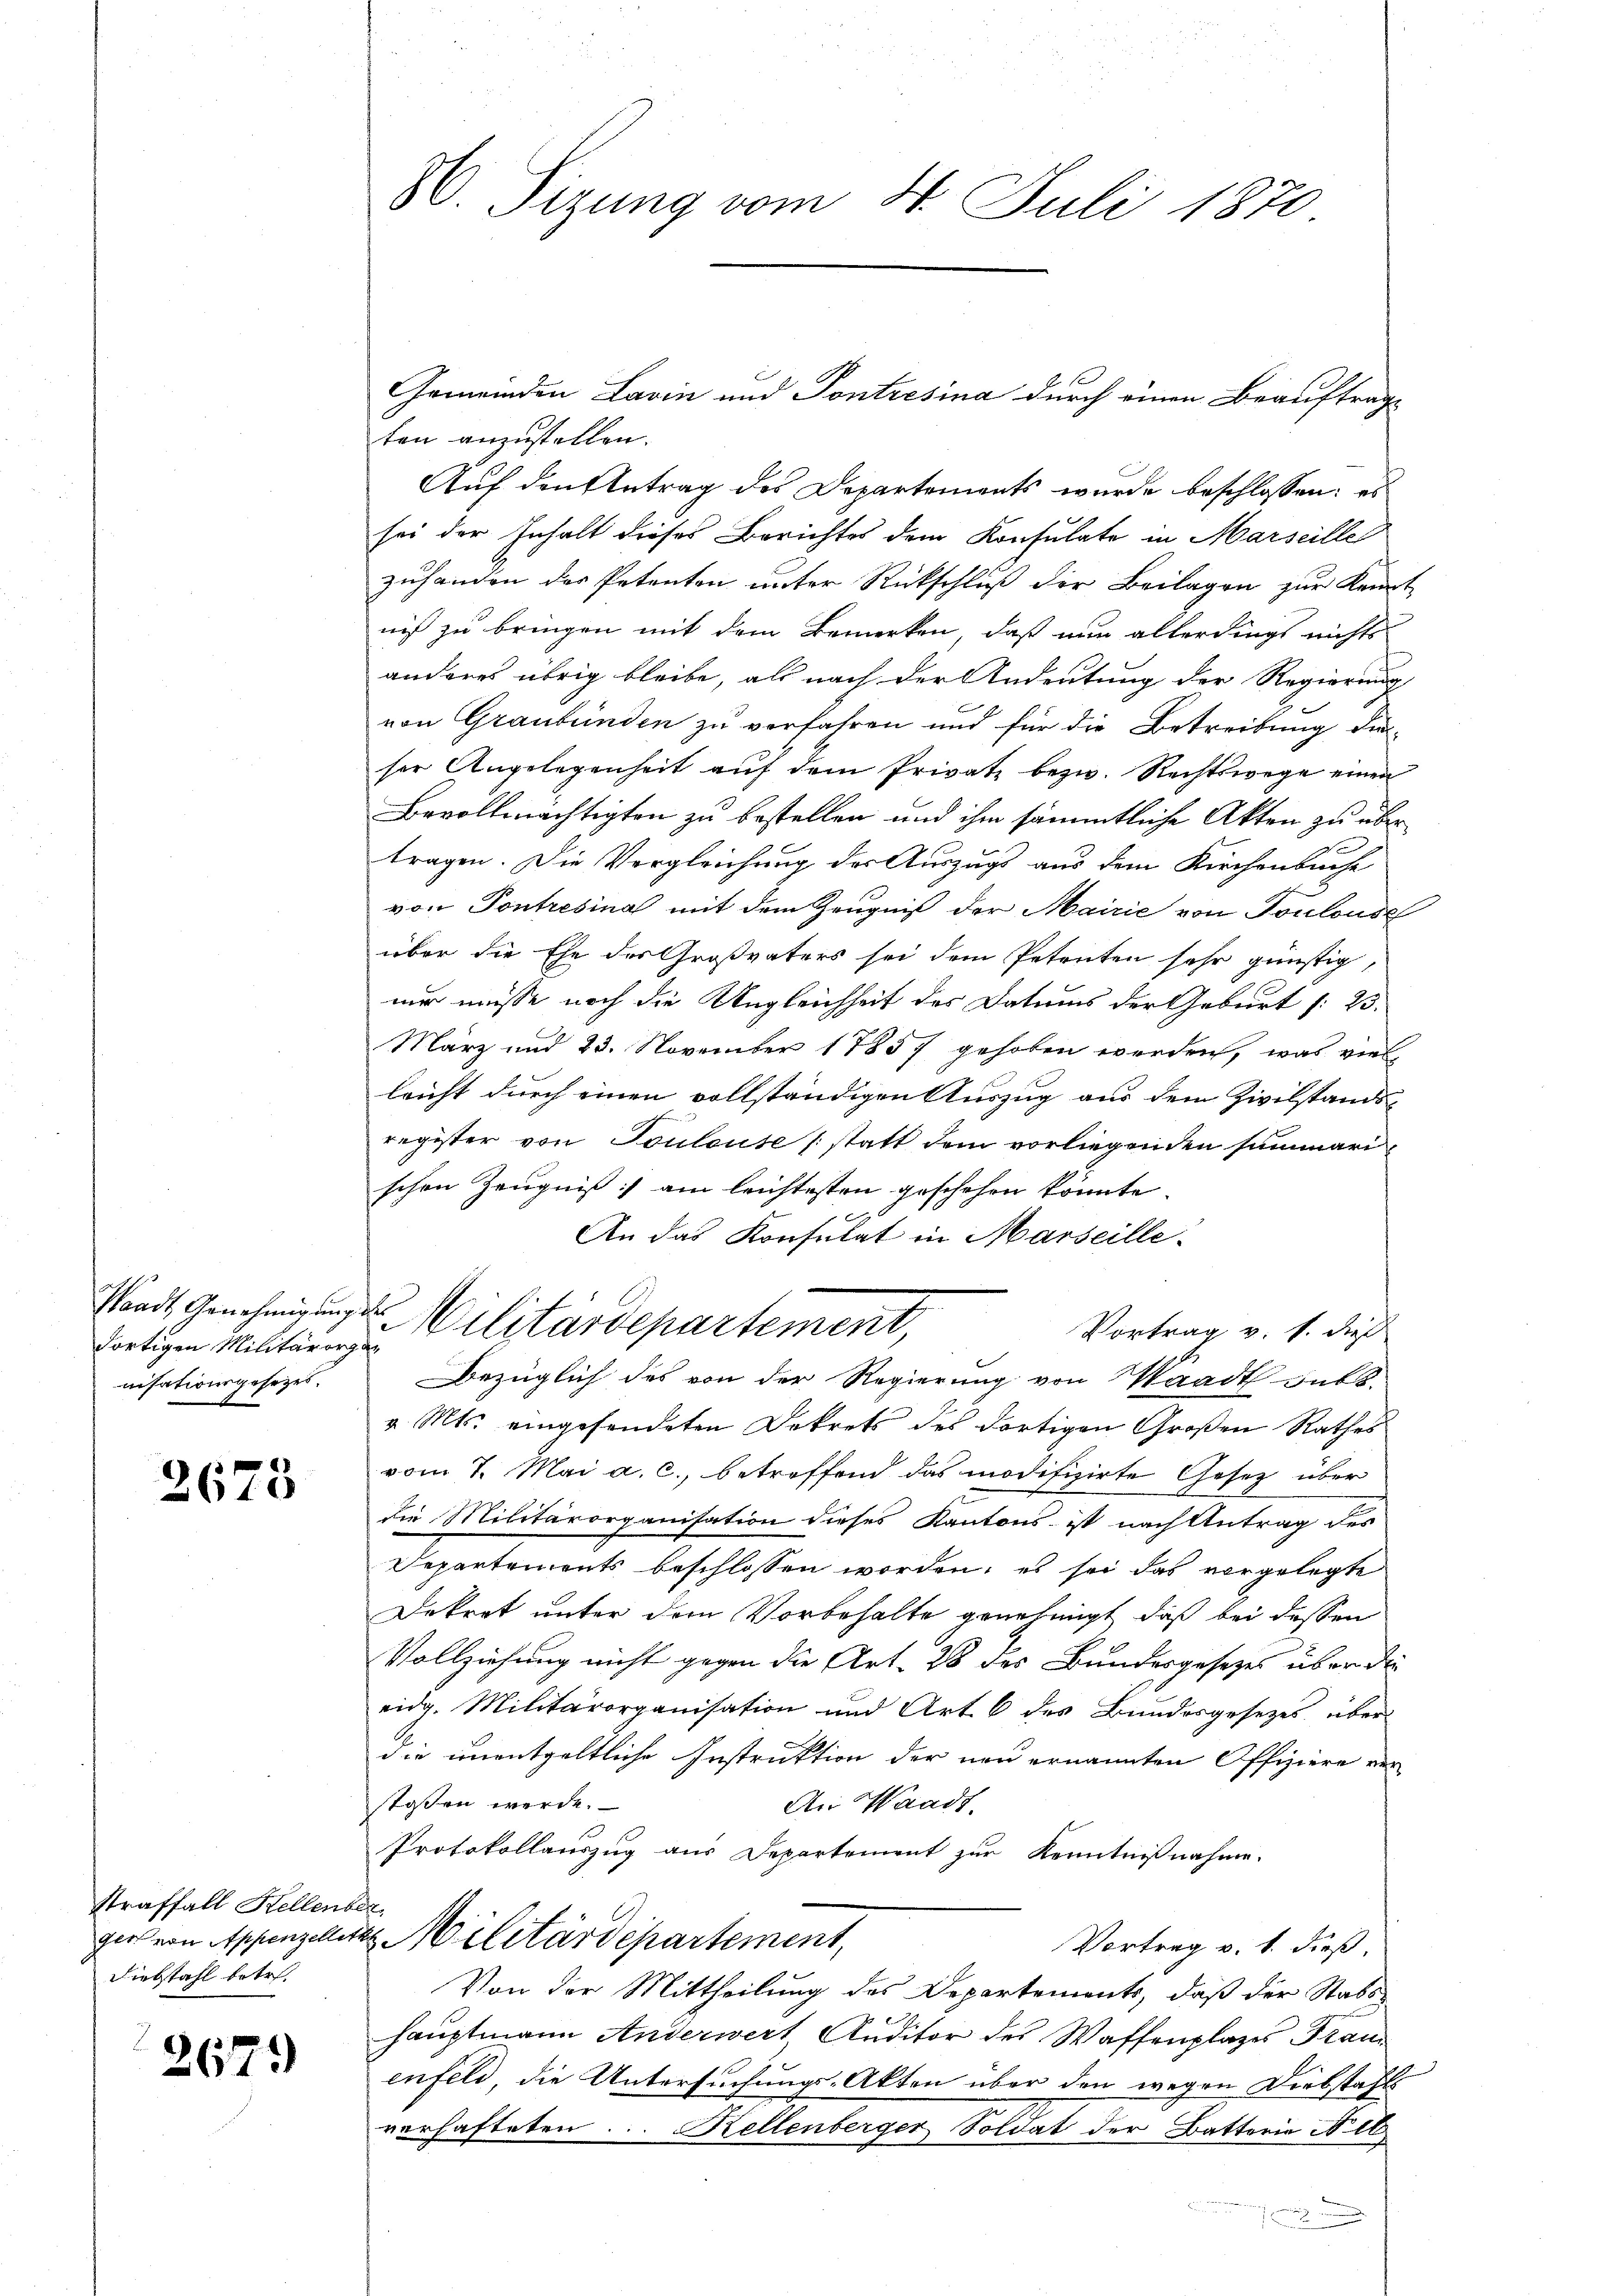
Standt Genehmigung.
dortigen Militärorg
nisationsgesetzes.

2675

Straffall Hellenbe
ger von Appenzellet
Diebstahl betr.

267.

W. Sizung vom 4. Juli 1870

Gemeinden Lavin und Pontresina durch einen Beauftrage
ten anzustellen.
Auf den Antrag des Departements wurde beschlossen: es
sei der Inhalt dieses Berichtes dem Konsulate in Marseille
zuhanden des Petenten unter Rückschluß der Beilagen zur Kennt
niß zu bringen mit dem Bemerken, daß nun allerdings nichts
anderes übrig bleibe, als nach der Andeutung der Regierung
von Graubünden zu verfahren und für die Betreibung die
ser Angelegenheit auf dem Privatz bezw. Rechtswege einen
Bevollmächtigten zu bestellen und ihm sämmtliche Akten zu über
tragen. Die Vergleichung der Auszugs aus dem Kirchenbuche
von Pontresina mit dem Zeugniß der Mairie von Toulouse
über die Ehe des Großvaters sei dem Petreten sehr günstig,
nur müsse noch die Ungleichheit des Datums der Geburt /: 23.
März und 23. November 17837 gehoben werden, was viel
leicht durch einen vollständigen Auszug aus dem Zivilstandsregister von Touleuse (statt dem vorliegenden summarischen Zeugniß am leichtesten geschehen könnte.
An das Konsulat in Marseille.
2 Militärdepartement,
Vortrag v. h. dieß
.
Bezüglich des von der Regierung von Waadt subs
v. Mts. eingesendeten Dekrets des dortigen Großen Rathes
vom 7. Mai a. c., betreffend das modifizirte Gesetz über
die Militärorganisation dieses Kantons ist nach Antrag des
Departements beschlossen worden, es sei das vorgelegte
Dekret unter dem Vorbehalte genehmigt, daß bei dessen
Vollziehung nicht gegen die Art. 28 des Bundesgesetzes über die
eidg. Militärorganisation und Art. 6 des Bundesgesezes über
die unentgeltliche Instruktion der neu ernannten Offiziere ver
stossen werde.
An Waadt,
Protokollauszug aus Departement zur Kenntnißnahme.
f
Militärdepartement,
Vortrag v. 1. dieß,
Von der Mittheilung des Departements, daß der Stabs-
hauptmann Anderwert Auditor des Waffenplazes Frau
enfeld die Untersuchungs-Akten über den wegen Diebstahls
verhafteten. Kellenberger Soldat der Batterie N. 1
2